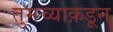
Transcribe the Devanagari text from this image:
तुमच्याक़डून